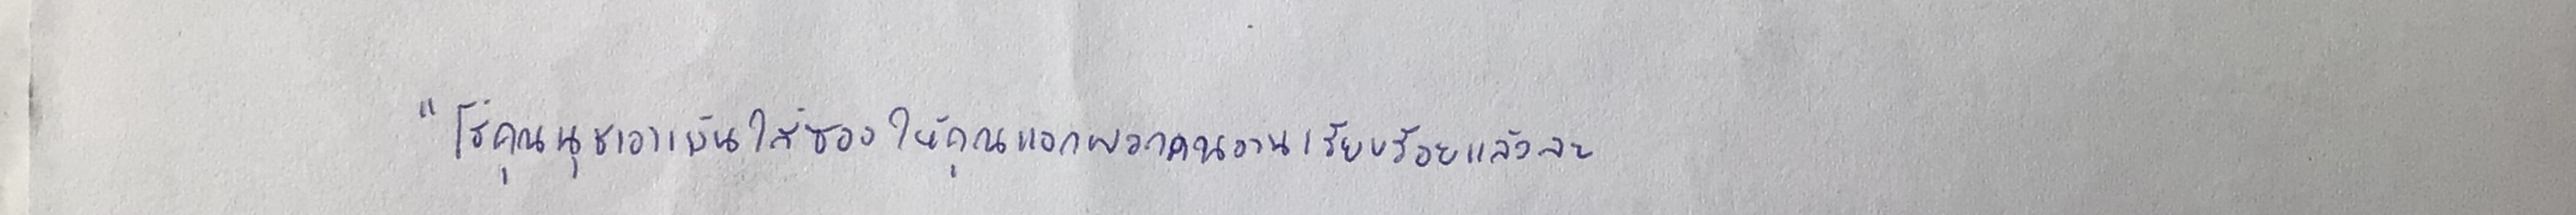
"โธ่คุณนุชเอาเงินใส่ซองให้คุณแจกพวกคนงานเรียบร้อยแล้วละ